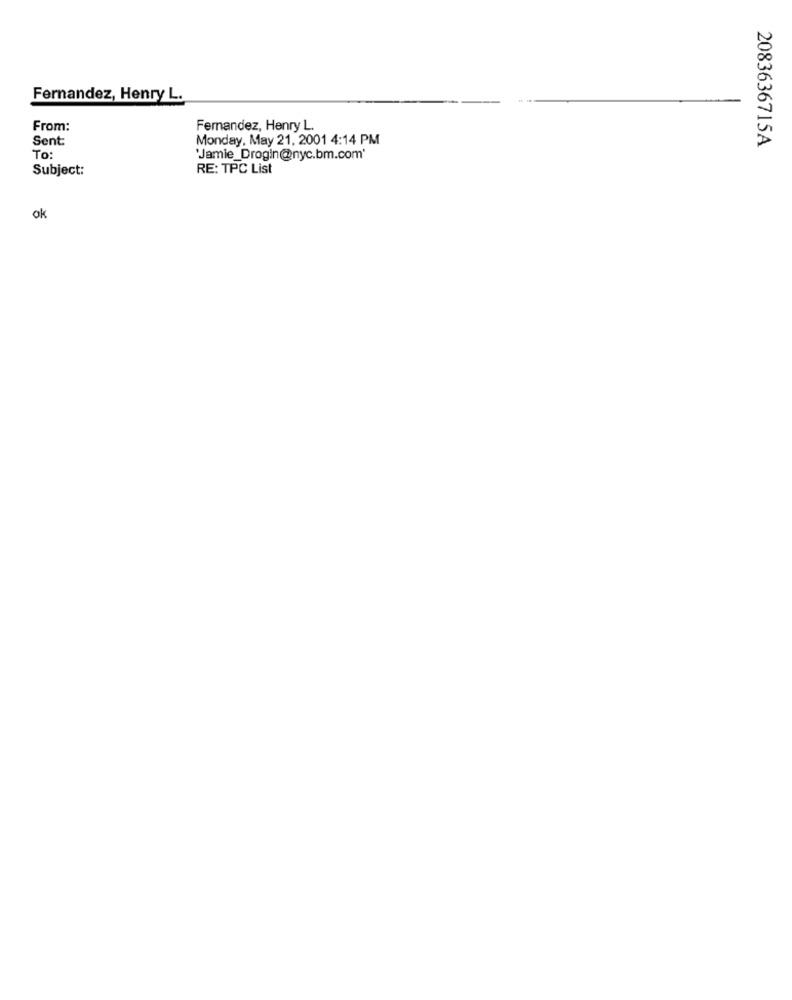
Fernandez, Henry L.
From:
Fernandez, Henry L.
Sent:
Monday, May 21, 2001 4:14 PM
2083636715A
To:
'Jamie_Drogin@nyc.bm.com'
Subject:
RE: TPC List
ok